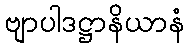
ဗျာပါဒဋ္ဌာနိယာနံ